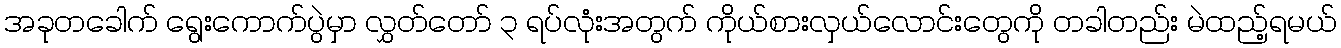
အခုတခေါက် ရွေးကောက်ပွဲမှာ လွှတ်တော် ၃ ရပ်လုံးအတွက် ကိုယ်စားလှယ်လောင်းတွေကို တခါတည်း မဲထည့်ရမယ်